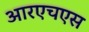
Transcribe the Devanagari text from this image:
आरएचएस